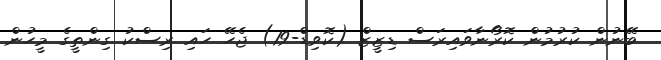
ބޭނުން ކުރުމުން ކޮރޯނާވައިރަސް ޑިޒީޒް (ކޮވިޑް-19) ޖެހޭ ހައި ރިސްކު ގިންތީގެ މީހުން